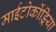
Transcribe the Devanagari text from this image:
माईटोकोंड्रिया